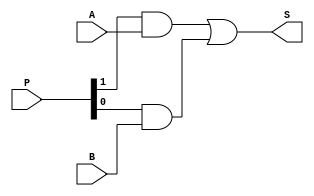
// Modulo responsavel por selecionar a saida entre A ou B
// Se P for 10, a saida  A
// Se P for 01, a saida  B
// Se P for 11, a saida  A ou B
// Se P for 00, a saida  0
module seletorDeFuncionalidade(P, A, B, S);
  input [1:0] P; // Prioridade
  input A, B; // Entradas

  output S;

  wire P1_AND_A, P0_AND_B;

  and and0 (P1_AND_A, P[1], A);
  and and1 (P0_AND_B, P[0], B);

  or or0 (S, P1_AND_A, P0_AND_B);
endmodule

module TB_SeletorDeFuncionalidade();
  reg [1:0] P;
  reg A, B;

  wire S;

  seletorDeFuncionalidade seletorDeFuncionalidade(P, A, B, S);

  initial begin
    P = 2'b01; A = 1'b0; B = 1'b1; #10; // 1
    P = 2'b01; A = 1'b1; B = 1'b1; #10; // 1
    P = 2'b10; A = 1'b1; B = 1'b0; #10; // 1
    P = 2'b10; A = 1'b1; B = 1'b1; #10; // 1
    P = 2'b11; A = 1'b0; B = 1'b1; #10; // 1
    P = 2'b11; A = 1'b1; B = 1'b0; #10; // 1
    P = 2'b11; A = 1'b1; B = 1'b1; #10; // 1

    // saidas 0
    P = 2'b00; A = 1'b0; B = 1'b0; #10; // 0
    P = 2'b00; A = 1'b0; B = 1'b1; #10; // 0
    P = 2'b00; A = 1'b1; B = 1'b0; #10; // 0
    P = 2'b00; A = 1'b1; B = 1'b1; #10; // 0
    P = 2'b01; A = 1'b0; B = 1'b0; #10; // 0
    P = 2'b01; A = 1'b1; B = 1'b0; #10; // 0
    P = 2'b10; A = 1'b0; B = 1'b0; #10; // 0
    P = 2'b10; A = 1'b0; B = 1'b1; #10; // 0
    P = 2'b11; A = 1'b0; B = 1'b0; #10; // 0
  end
endmodule